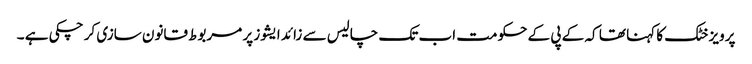
پرویز خٹک کا کہنا تھا کہ کے پی کے حکومت اب تک چالیس سے زائد ایشوز پر مربوط قانون سازی کر چکی ہے ۔